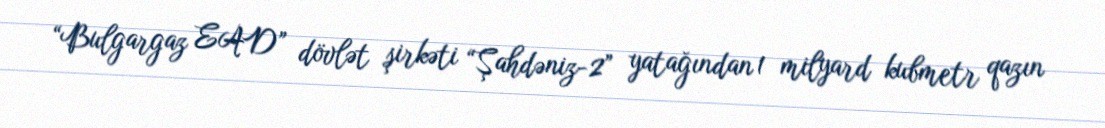
“Bulgargaz EAD” dövlət şirkəti “Şahdəniz-2” yatağından 1 milyard kubmetr qazın